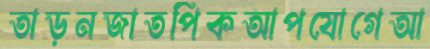
তাড়নজাতপিকআপযোগেআ